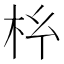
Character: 𭩡